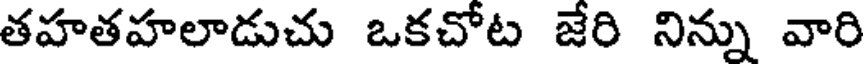
తహతహలాడుచు ఒకచోట జేరి నిన్ను వారి